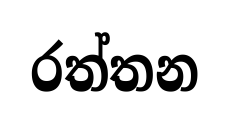
රත්තන